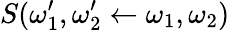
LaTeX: S(\omega_{1}^{\prime},\omega_{2}^{\prime}\leftarrow\omega_{1},\omega_{2})